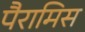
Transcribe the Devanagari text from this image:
पैरामिस